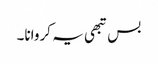
بس تبھی یہ کروانا۔